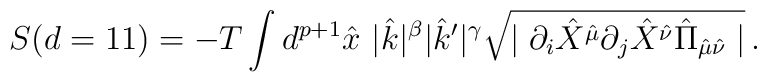
S (d=11) =-T \int d^{p+1}\hat{x} \hspace{4pt} |\hat{k}|^{\beta} |\hat{k}^\prime|^{\gamma} \sqrt{\mid \partial_i \hat{X}^{\hat{\mu}} \partial_j \hat{X}^{\hat{\nu}}\hat{\Pi}_{\hat{\mu}\hat{\nu}} \mid}\, .